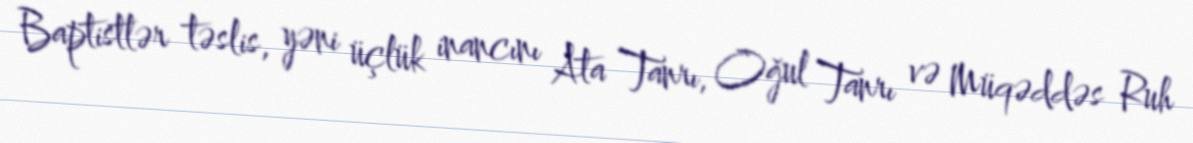
Baptistlər təslis, yəni üçlük inancını Ata Tanrı, Oğul Tanrı və Müqəddəs Ruh